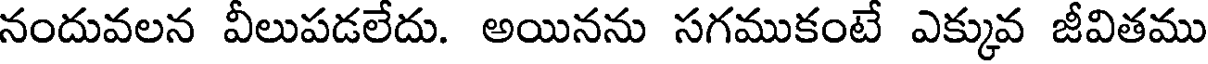
నందువలన వీలుపడలేదు. అయినను సగముకంటే ఎక్కువ జీవితము